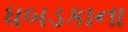
ધબડકાના